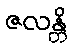
ဇလန္တိ